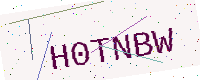
Text: H0TNBW